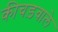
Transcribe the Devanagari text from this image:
कीचड़वाले